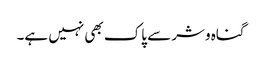
گناہ وشر سے پاک بھی نہیں ہے۔